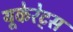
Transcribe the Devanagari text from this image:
यूकेरेट्स